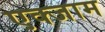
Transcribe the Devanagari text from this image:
एक्जाम